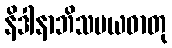
နိဒါနာဘိသမယဓာတု